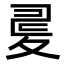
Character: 𡕪